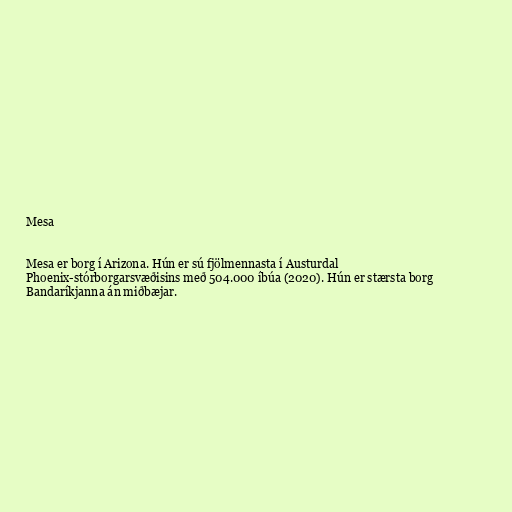
Mesa

Mesa er borg í Arizona. Hún er sú fjölmennasta í Austurdal
Phoenix-stórborgarsvæðisins með 504.000 íbúa (2020). Hún er stærsta borg
Bandaríkjanna án miðbæjar.